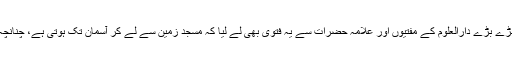
پھر مسجد کے مولوی نے بڑے بڑے دارالعلوم کے مفتیوں اور علامہ حضرات سے یہ فتویٰ بھی لے لیا کہ مسجد زمین سے لے کر آسمان تک ہوتی ہے، چنانچہ اس کو گرایا نہیں جا سکتا۔